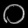
Digit: ၀